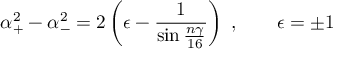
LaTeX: \alpha _ { + } ^ { 2 } - \alpha _ { - } ^ { 2 } = 2 \left( \epsilon - { \frac { 1 } { \sin { \frac { n \gamma } { 1 6 } } } } \right) \; , \quad \quad \epsilon = \pm 1 \;